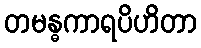
တမန္ဓကာရပိဟိတာ